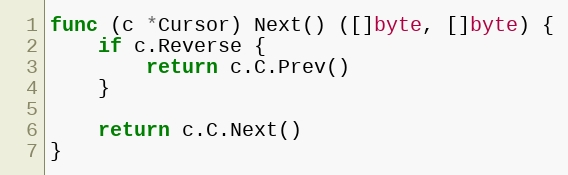
Language: Go
func (c *Cursor) Next() ([]byte, []byte) {
	if c.Reverse {
		return c.C.Prev()
	}

	return c.C.Next()
}